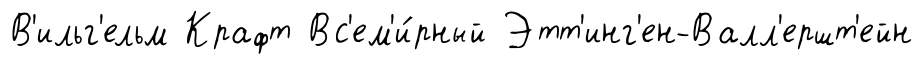
В'ильг'ельм Крафт Вс'ем'и́рный Этт'инг'ен-Валл'ершт'ейн